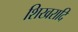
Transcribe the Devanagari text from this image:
शिखरादि